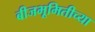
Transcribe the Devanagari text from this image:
बीजभूमितीच्या